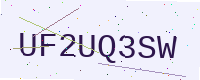
Text: UF2UQ3SW